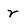
Character: r